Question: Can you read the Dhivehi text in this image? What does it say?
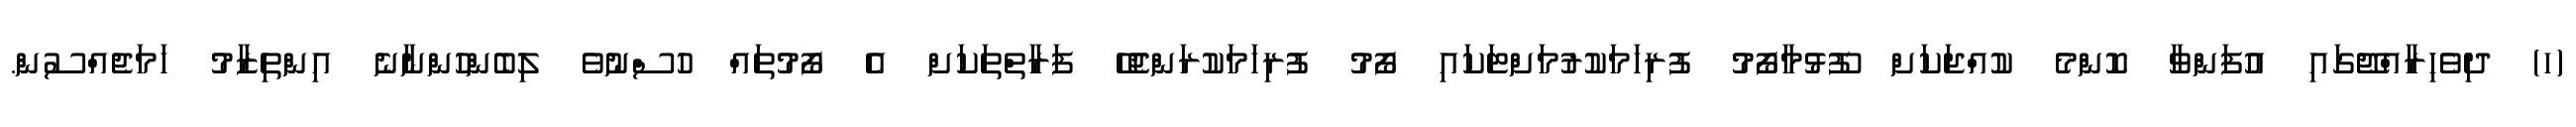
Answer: (ހ) ދިވެހިރާއްޖޭގައި އުފަންވާ ކޮންމެ ކުއްޖަކަށް ފޫޅުމާފޯމު ފުރިހަމަކުރުމަށްޓަކައި ފޯމު ފުރިހަމަކުރަންޖެހޭ ފަރާތްތަކަށް އެ ފޯމުތައް ހުސްނުވެ ލިބެންހުންނާނެ އިންތިޒާމު ހަމަޖެއްސުން.